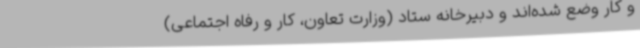
و کار وضع شده‌اند و دبیرخانه ستاد (وزارت تعاون، کار و رفاه اجتماعی)